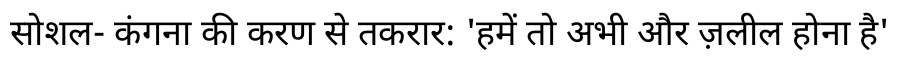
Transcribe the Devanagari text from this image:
सोशल- कंगना की करण से तकरार: 'हमें तो अभी और ज़लील होना है'